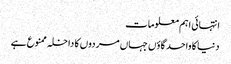
انتہائی اہم معلومات
دنیا کا واحد گاؤں جہاں مردوں کا داخلہ ممنوع ہے